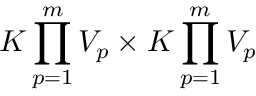
K \prod _ { p = 1 } ^ { m } V _ { p } \times K \prod _ { p = 1 } ^ { m } V _ { p }